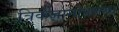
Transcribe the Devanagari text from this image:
त्रिकज्ञानोपलब्ध